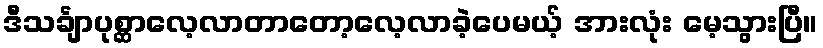
ဒီသင်္ချာပုစ္ဆာလေ့လာတာတော့လေ့လာခဲ့ပေမယ့် အားလုံး မေ့သွားပြီ။